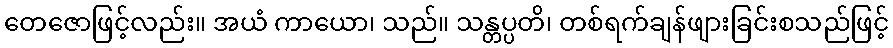
တေဇောဖြင့်လည်း။ အယံ ကာယော၊ သည်။ သန္တပ္ပတိ၊ တစ်ရက်ချန်ဖျားခြင်းစသည်ဖြင့်